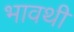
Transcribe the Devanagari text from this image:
भावथी